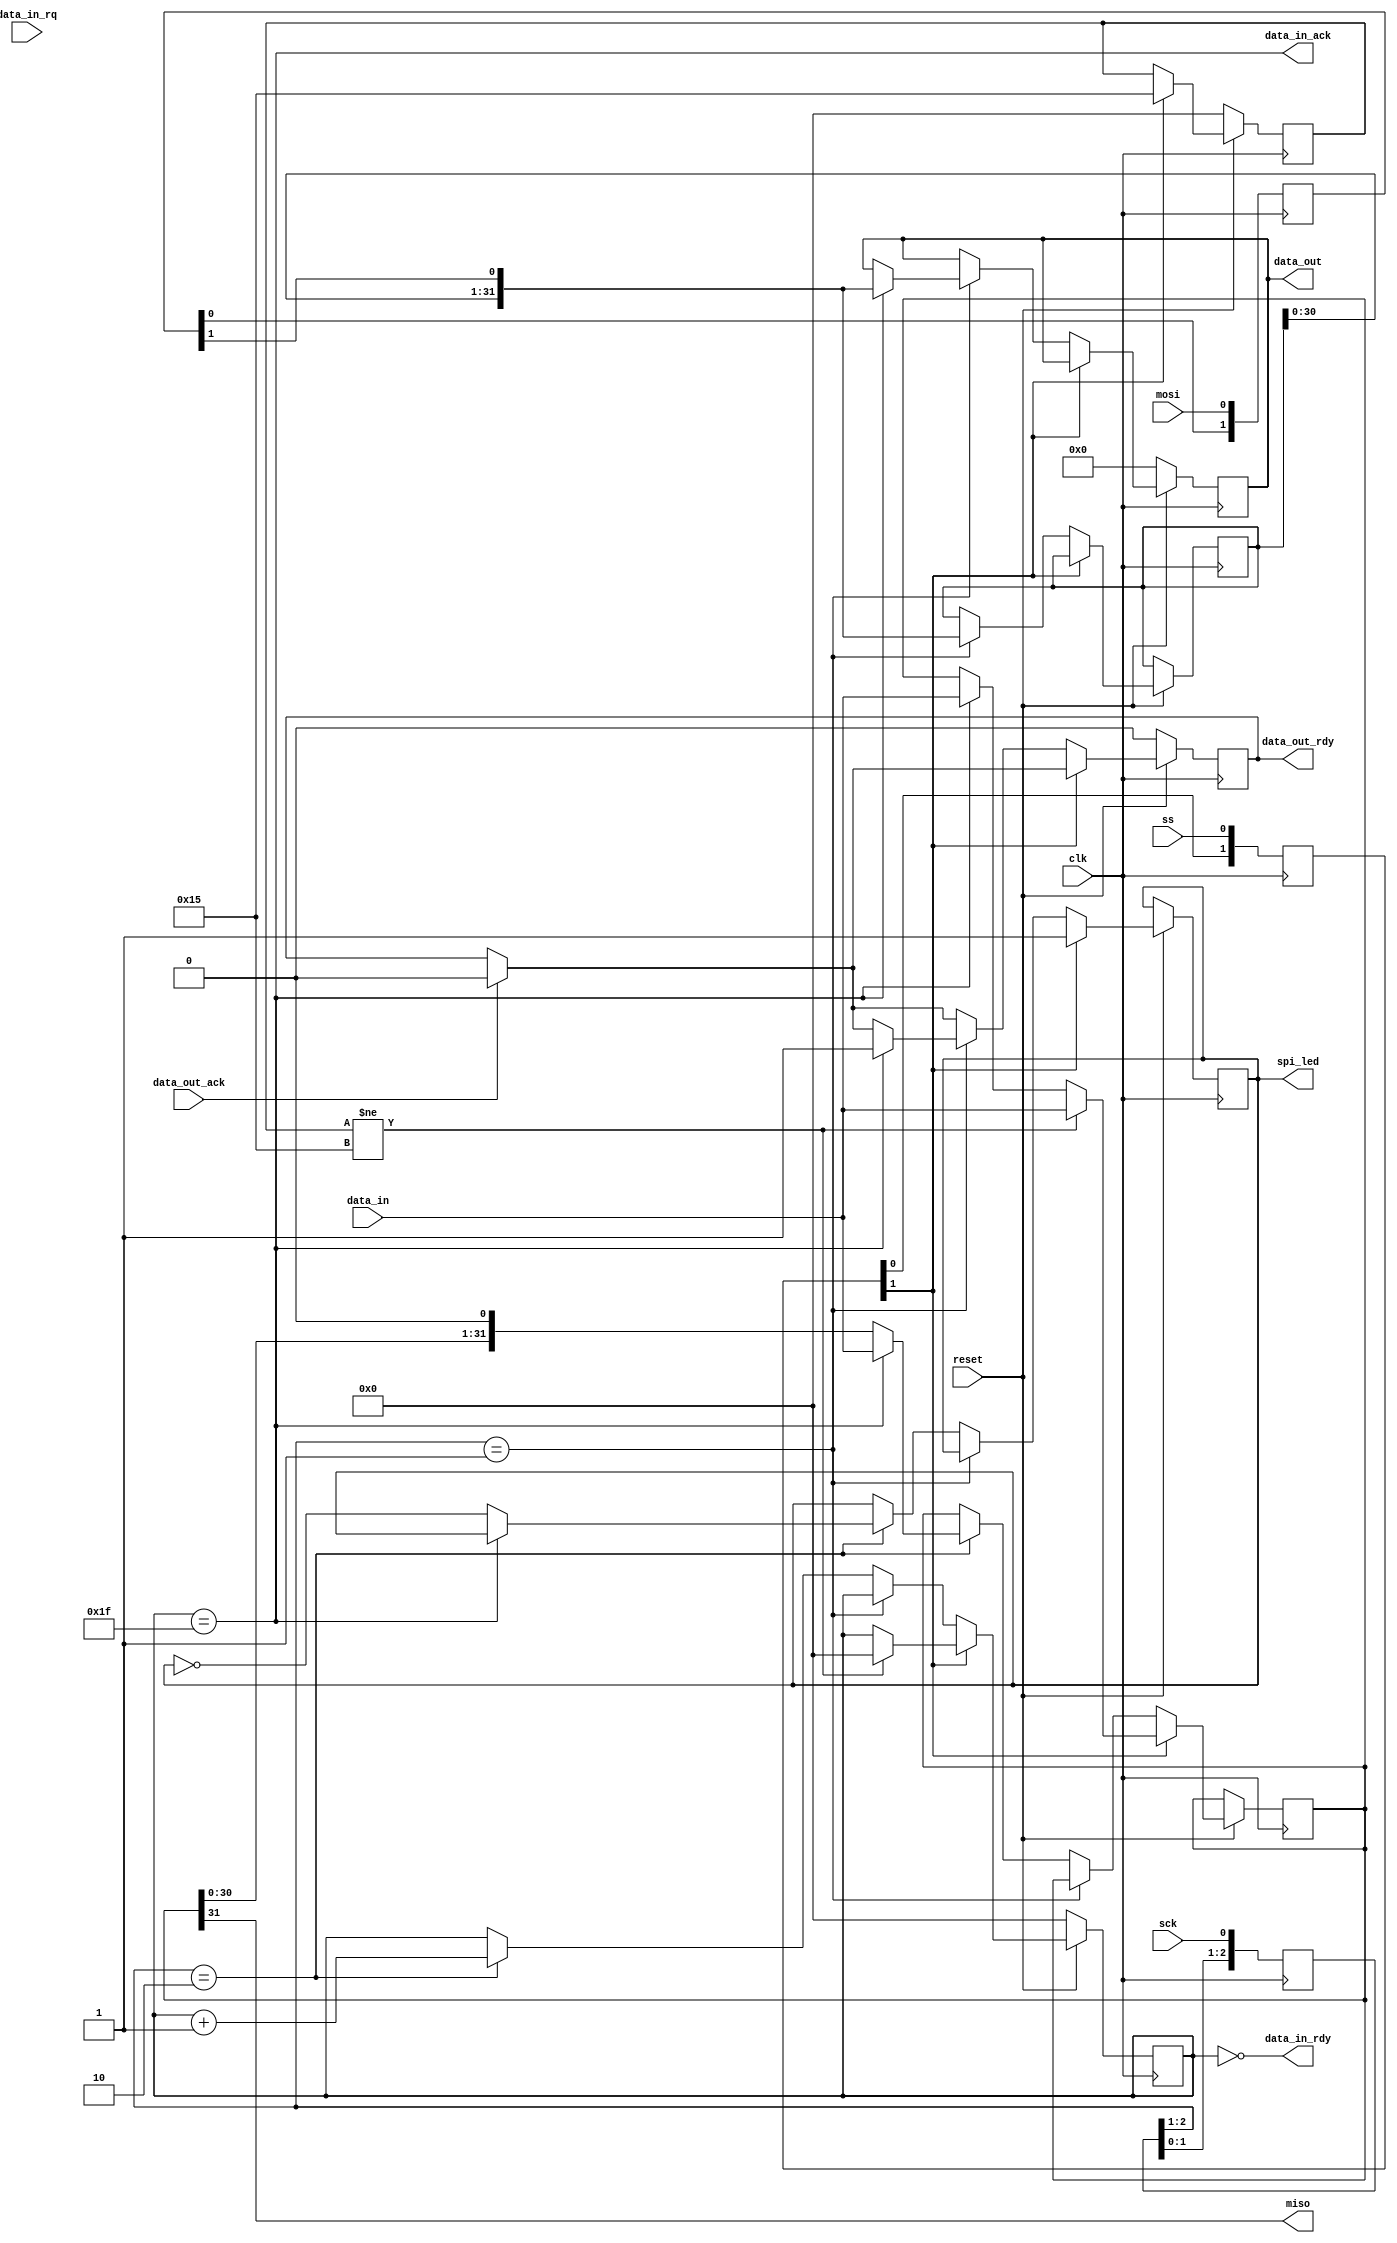
module spi_wrapper(
                   input             clk,
                   input             reset,
                   input             mosi,
                   input             ss,
                   input             sck,
                   output            miso,
                   input [31:0]      data_in,
                   output            data_in_rdy, 
                   output            data_in_ack, 
                   input             data_in_rq, 
                   output reg [31:0] data_out,
                   output reg        data_out_rdy, 
                   input             data_out_ack, 
                   output reg        spi_led
                   );
   reg [2:0]                     SCKr;  
   always @(posedge clk) SCKr <= {SCKr[1:0], sck};
   wire                          SCK_risingedge = (SCKr[2:1]==3'b01); 
   wire                          SCK_fallingedge = (SCKr[2:1]==2'b10);
   reg [2:0]                     SSELr; 
   always @(posedge clk) SSELr <= {SSELr[1:0], ss};
   wire                          SSEL_active = ~SSELr[1];
   wire                          SSEL_startmessage = (SSELr[2:1]==2'b10);
   wire                          SSEL_endmessage = (SSELr[2:1]==2'b01);
   reg [1:0]                     MOSIr; 
   always @(posedge clk) MOSIr <= {MOSIr[0], mosi};
   wire                          MOSI_data = MOSIr[1];
   reg [4:0]                     bitcnt;
   reg [3:0]                     bitcnt_b;
   reg [31:0]                    word_data_received;
   reg [2:0]                     bytecnt;
   reg [4:0]                     started;
   reg [31:0] echo;
   always @(posedge clk)
     if (!reset) begin
        started <= 0;
        echo <= 0;
        data_out <= 0;
        data_out_rdy <= 0;
        bitcnt <= 0;
        bytecnt <= 0;
        bitcnt_b <= 0;
     end else
       begin
          if (data_out_ack) data_out_rdy <= 0;
          if(~SSEL_active) begin
             spi_led <= 1;
             bitcnt_b <= 0;
             started <= 5'b10101;
             if (started != 5'b10101) begin
                bitcnt <= 0;
                word_data_sent <= data_in;
             end else
               if (bitcnt == 5'b11111)  word_data_sent <= data_in;
          end else
            if(SCK_risingedge)
              begin
                 word_data_received <= {word_data_received[30:0], MOSI_data};
                 if(bitcnt==5'b11111) begin 
                    data_out <= {word_data_received[30:0], MOSI_data};
                    data_out_rdy <= 1;
                 end
              end else 
                if (SCK_fallingedge) begin
                   if(bitcnt==5'b11111) begin
                      word_data_sent <= data_in;
                   end else begin
                      spi_led <= ~spi_led;
                      word_data_sent <= {word_data_sent[30:0], 1'b0};
                   end
                   bitcnt <= bitcnt + 1;
                   bitcnt_b <= bitcnt_b + 1;
                end
       end 
   always @(posedge clk)
     if(SSEL_active && SCK_fallingedge && bitcnt == 0) bytecnt <= 0;
     else
       if(SSEL_active && SCK_fallingedge && bitcnt_b == 3'b111) bytecnt <= bytecnt + 1; 
   reg [31:0] cnt;
   always @(posedge clk) if(SSEL_startmessage) cnt<=cnt+1;
   reg [31:0] word_data_sent;
   assign data_in_rdy = bitcnt == 5'b00000; 
   assign data_in_ack = bitcnt == 5'b11111; 
   assign miso = word_data_sent[31]; 
endmodule